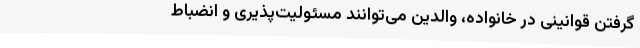
گرفتن قوانینی در خانواده، والدین می‌توانند مسئولیت‌پذیری و انضباط